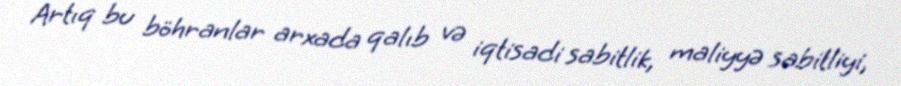
Artıq bu böhranlar arxada qalıb və iqtisadi sabitlik, maliyyə sabitliyi,